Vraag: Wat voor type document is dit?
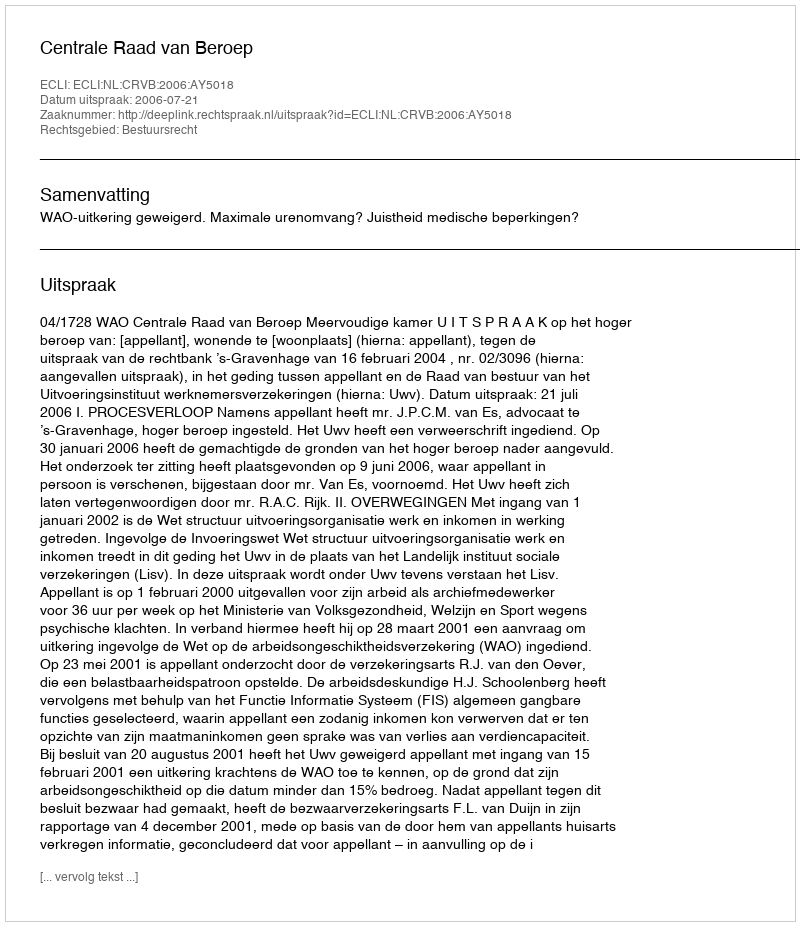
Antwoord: Uitspraak